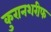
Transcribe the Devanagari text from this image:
कुरानशरीफ